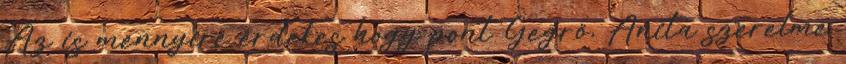
Az is mennyire érdekes hogy pont Gegrő, Anita szerelme